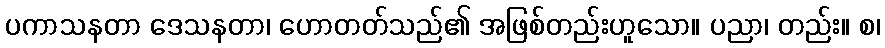
ပကာသနတာ ဒေသနတာ၊ ဟောတတ်သည်၏ အဖြစ်တည်းဟူသော။ ပညာ၊ တည်း။ စ၊